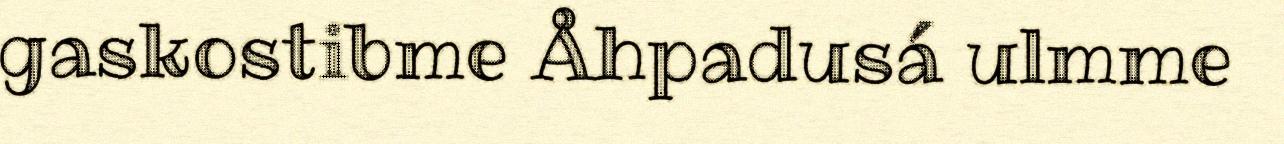
gaskostibme Åhpadusá ulmme